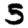
Digit: 5